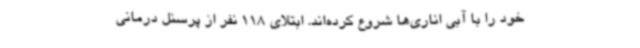
خود را با آبی اناری‌ها شروع کرده‌اند. ابتلای 118 نفر از پرسنل درمانی